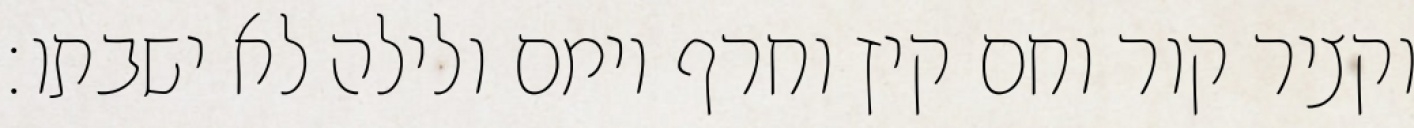
וקציר קור וחם קיץ וחרף יומם ולילה לא ישבתו׃